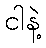
ငါနဲ့